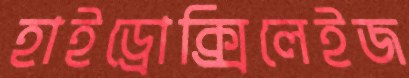
হাইড্রোক্সিলেইজ